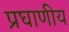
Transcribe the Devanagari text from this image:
प्रघाणीय